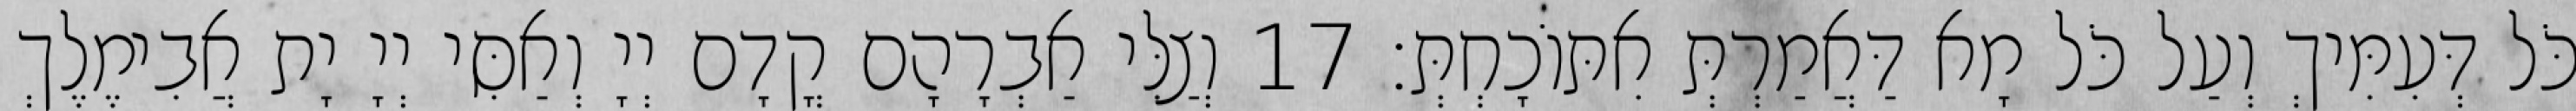
כֹּל דְּעִמִּיךְ וְעַל כֹּל מָא דַּאֲמַרְתְּ אִתּוֹכָחְתְּ׃ 17 וְצַלִּי אַבְרָהָם קֳדָם יְיָ וְאַסִּי יְיָ יָת אֲבִימֶלֶךְ